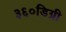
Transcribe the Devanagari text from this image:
३६०डिग्री